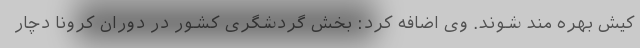
کیش بهره مند شوند. وی اضافه کرد: بخش گردشگری کشور در دوران کرونا دچار